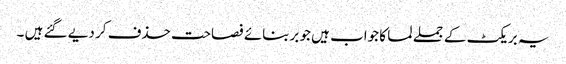
یہ بریکٹ کے جملے لما کا جواب ہیں جو بربنائے فصاحت حذف کر دیے گئے ہیں ۔